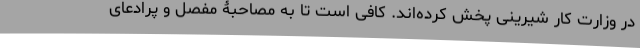
در وزارت کار شیرینی پخش کرده‌اند. کافی است تا به مصاحبۀ مفصل و پرادعای